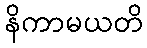
နိကာမယတိ